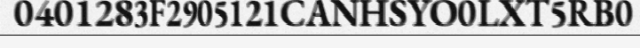
0401283F2905121CANHSYO0LXT5RB0